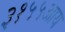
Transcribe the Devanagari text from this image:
३१५५आय